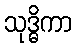
သုဒ္ဓိကာ